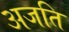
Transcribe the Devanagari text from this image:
अजति